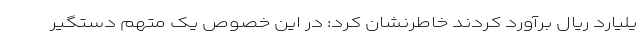
یلیارد ریال برآورد کردند خاطرنشان کرد: در این خصوص یک متهم دستگیر